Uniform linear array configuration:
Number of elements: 48
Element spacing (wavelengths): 0.75
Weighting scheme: exponential
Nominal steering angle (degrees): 60
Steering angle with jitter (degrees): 60.706
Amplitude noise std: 0.05
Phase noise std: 0.05

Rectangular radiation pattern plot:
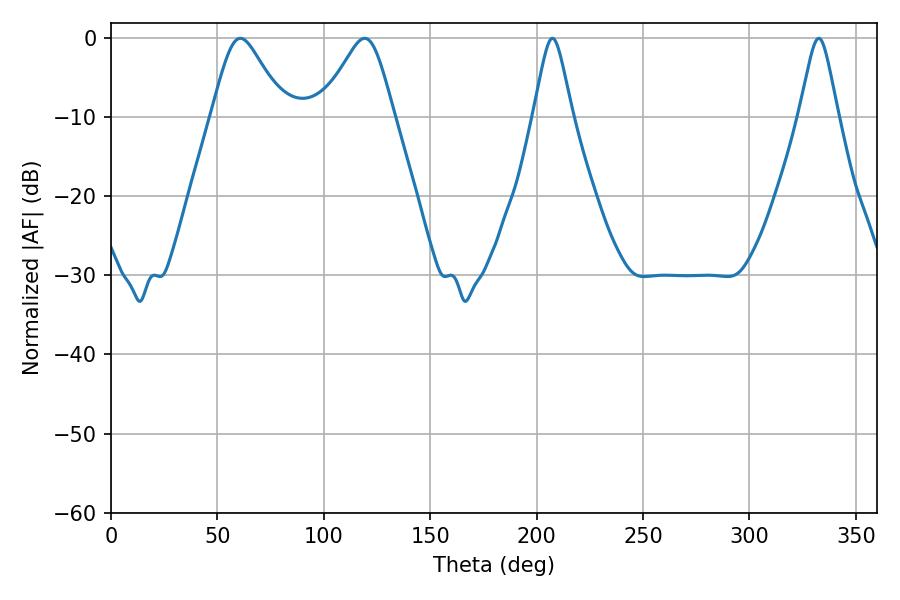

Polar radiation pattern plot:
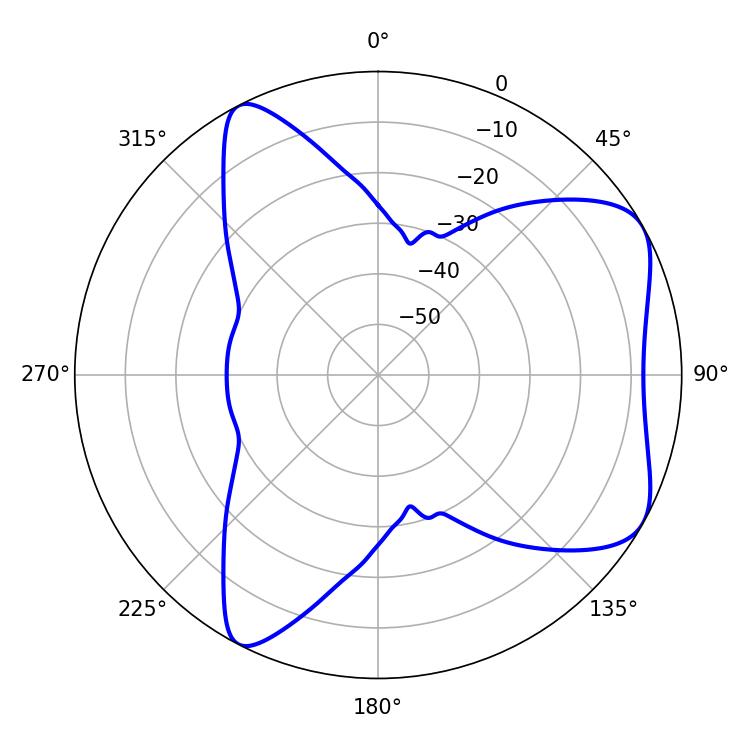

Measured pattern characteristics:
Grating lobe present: TRUE
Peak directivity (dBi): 6.285
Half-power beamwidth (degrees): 16.56
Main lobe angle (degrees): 60.84